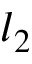
l _ { 2 }